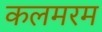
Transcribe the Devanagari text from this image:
कलमरम